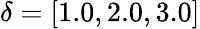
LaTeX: \delta=[1.0,2.0,3.0]